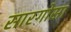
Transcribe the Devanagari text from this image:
सारगोसा